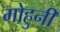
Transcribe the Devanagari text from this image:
मोहुनी